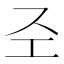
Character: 𢀖